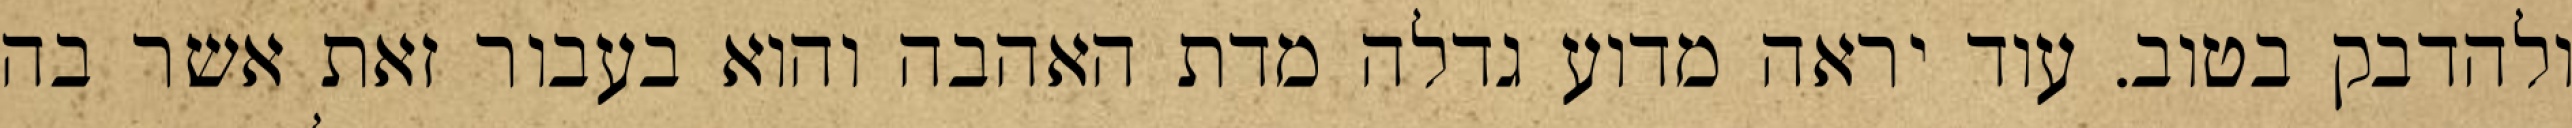
ולהדבק בטוב. עוד יראה מדוע גדלה מדת האהבה והוא בעבור זאת אשר בה